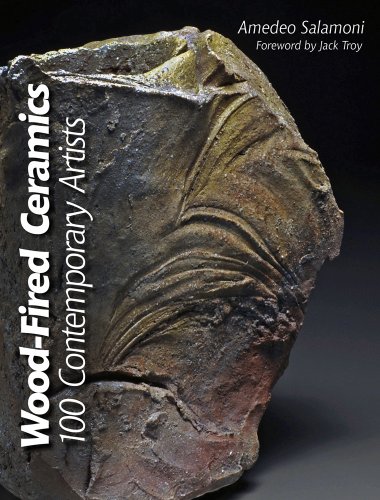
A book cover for Wood-fired Ceramics: 100 Contemporary Artists; Amedeo Salamoni; Crafts, Hobbies & Home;